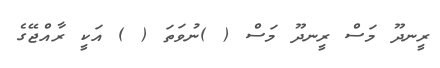
ރީނދޫ މަސް ރީނދޫ މަސް ( )ނުވަތަ ( ) އަކީ ރާއްޖޭގެ